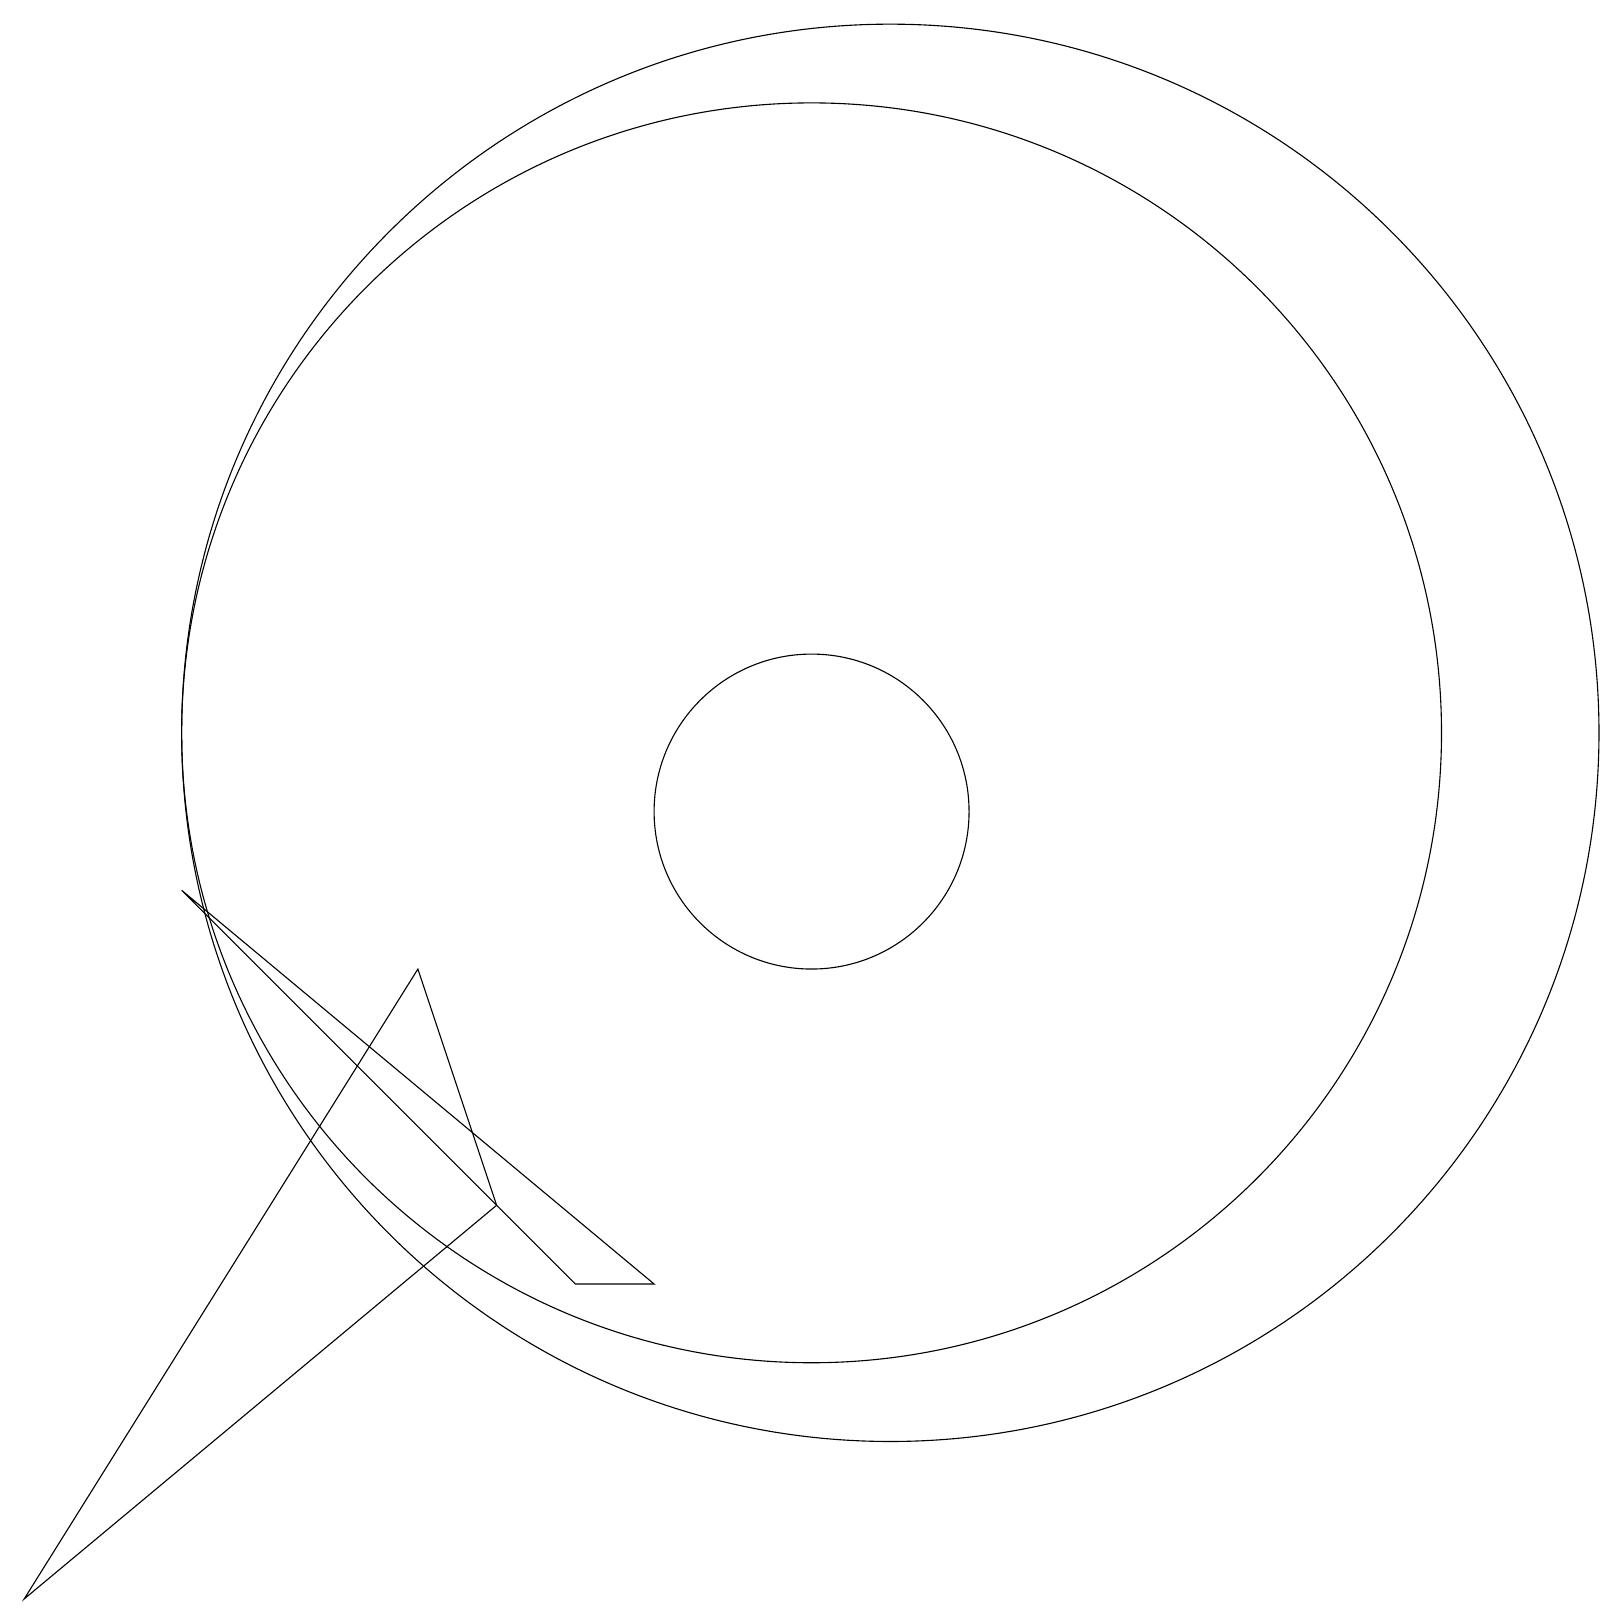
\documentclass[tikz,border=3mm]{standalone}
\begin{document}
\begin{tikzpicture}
\draw (2,9) -- (8,4) -- (7,4) -- cycle;
\draw (5,8) -- (6,5) -- (0,0) -- cycle;
\draw (10,11) circle (8);
\draw (10,10) circle (2);
\draw (11,11) circle (9);
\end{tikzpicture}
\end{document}